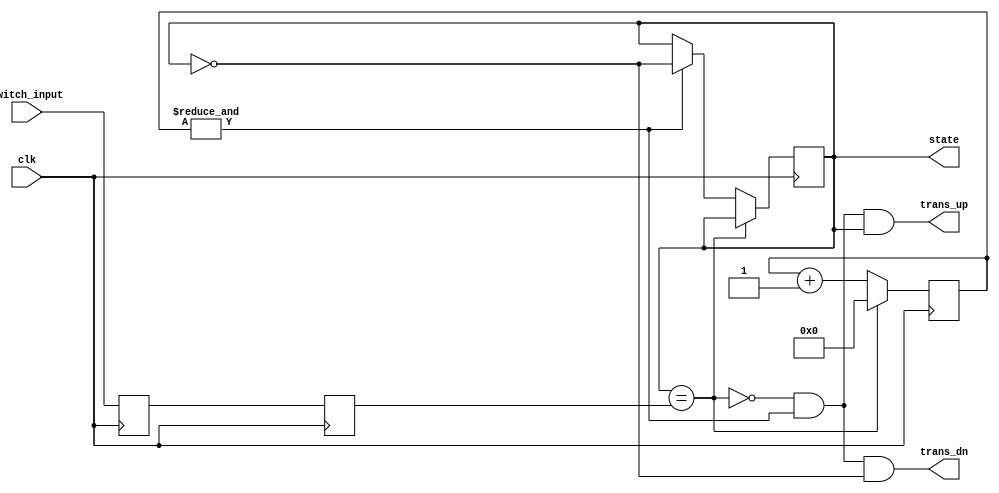
`timescale 1ns / 1ps
//////////////////////////////////////////////////////////////////////////////////
// Company: 
// Engineer: 
// 
// Design Name: 
// Module Name: debouncer
// Project Name: 
// Target Devices: 
// Tool Versions: 
// Description: 
// 
// Dependencies: 
// 
// Revision:
// Revision 0.01 - File Created
// Additional Comments:
// 
//////////////////////////////////////////////////////////////////////////////////

module debouncer(
    input clk,
    input switch_input,
    output reg state,
    output trans_up,
    output trans_dn
    );

// Synchronize the switch input to the clock
reg sync_0, sync_1;
always @(posedge clk) 
begin
  sync_0 = switch_input;
end
	
always @(posedge clk) 
begin
  sync_1 = sync_0;
end

// Debounce the switch
reg [16:0] count;
wire idle = (state == sync_1);
wire finished = &count;	// true when all bits of count are 1's

always @(posedge clk)
begin
  if (idle)
  begin
    count <= 0;
  end
  else 
  begin
    count <= count + 16'd1;  
    if (finished)
    begin
      state <= ~state;  
    end
  end
end

assign trans_dn = ~idle & finished & ~state;
assign trans_up = ~idle & finished & state;

endmodule